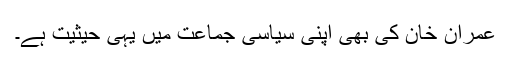
عمران خان کی بھی اپنی سیاسی جماعت میں یہی حیثیت ہے۔